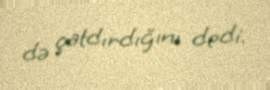
də çatdırdığını dedi.